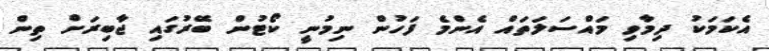
އެކަމަކު ދިމާވި މައްސަލަތައް އެންމެ ފަހުން ނިމުނީ ކޯޓުން ބޭރުގައި ޖާބިރަށް ތިން